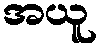
အယူ